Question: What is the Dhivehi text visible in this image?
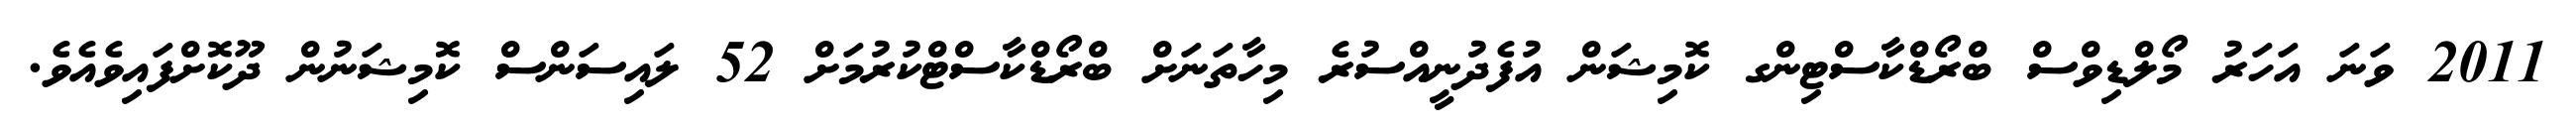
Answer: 2011 ވަނަ އަހަރު މޯލްޑިވްސް ބްރޯޑްކާސްޓިންގ ކޮމިޝަން އުފެދުނީއްސުރެ މިހާތަނަށް ބްރޯޑްކާސްޓްކުރުމަށް 52 ލައިސަންސް ކޮމިޝަނުން ދޫކޮށްފައިވެއެވެ.